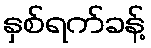
နှစ်ရက်ခန့်